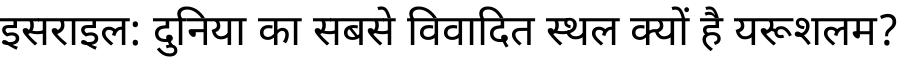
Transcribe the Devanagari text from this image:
इसराइल: दुनिया का सबसे विवादित स्थल क्यों है यरूशलम?